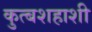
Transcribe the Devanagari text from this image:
कुत्बशहाशी